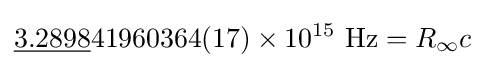
{\underline {3.2898}}41960364(17)\times 10^{15}\ {\text{Hz}}=R_{\infty }c